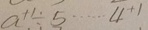
a ^ { + 1 } \div 5 \cdots 4 ^ { + 1 }